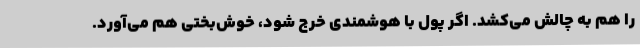
را هم به چالش می‌کشد. اگر پول با هوشمندی خرج شود، خوش‌بختی هم می‌آورد.